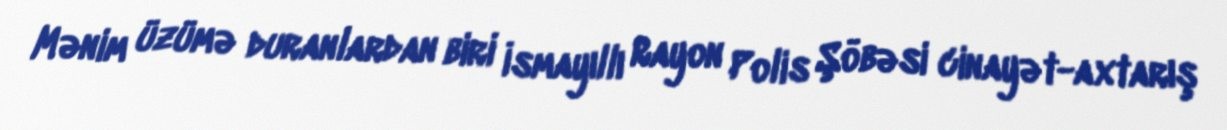
Mənim üzümə duranlardan biri İsmayıllı Rayon Polis Şöbəsi cinayət-axtarış